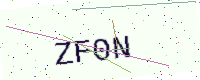
Text: ZF0N